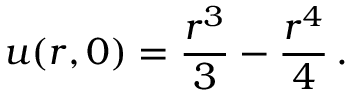
{ } u ( r , 0 ) = \frac { r ^ { 3 } } { 3 } - \frac { r ^ { 4 } } { 4 } \, .